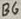
Text: B6